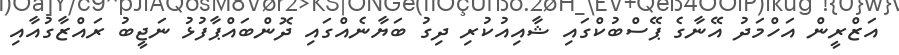
އަޒްރީން އަހްމަދު އޭނާގެ ޕޭސްބުކްގައި ޝާއިއުކުރި ދިގު ބަޔާނެއްގައި ދޮންބައްޕާފުޅު ނަޖީބު ރައްޒާގުއާއި